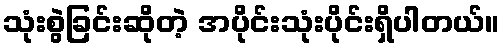
သုံးစွဲခြင်းဆိုတဲ့ အပိုင်းသုံးပိုင်းရှိပါတယ်။